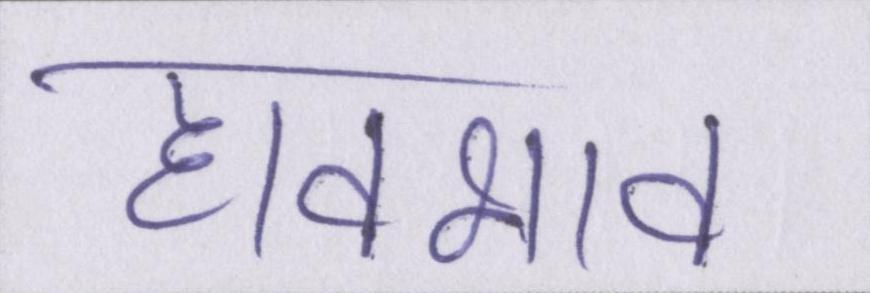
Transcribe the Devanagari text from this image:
हावभाव